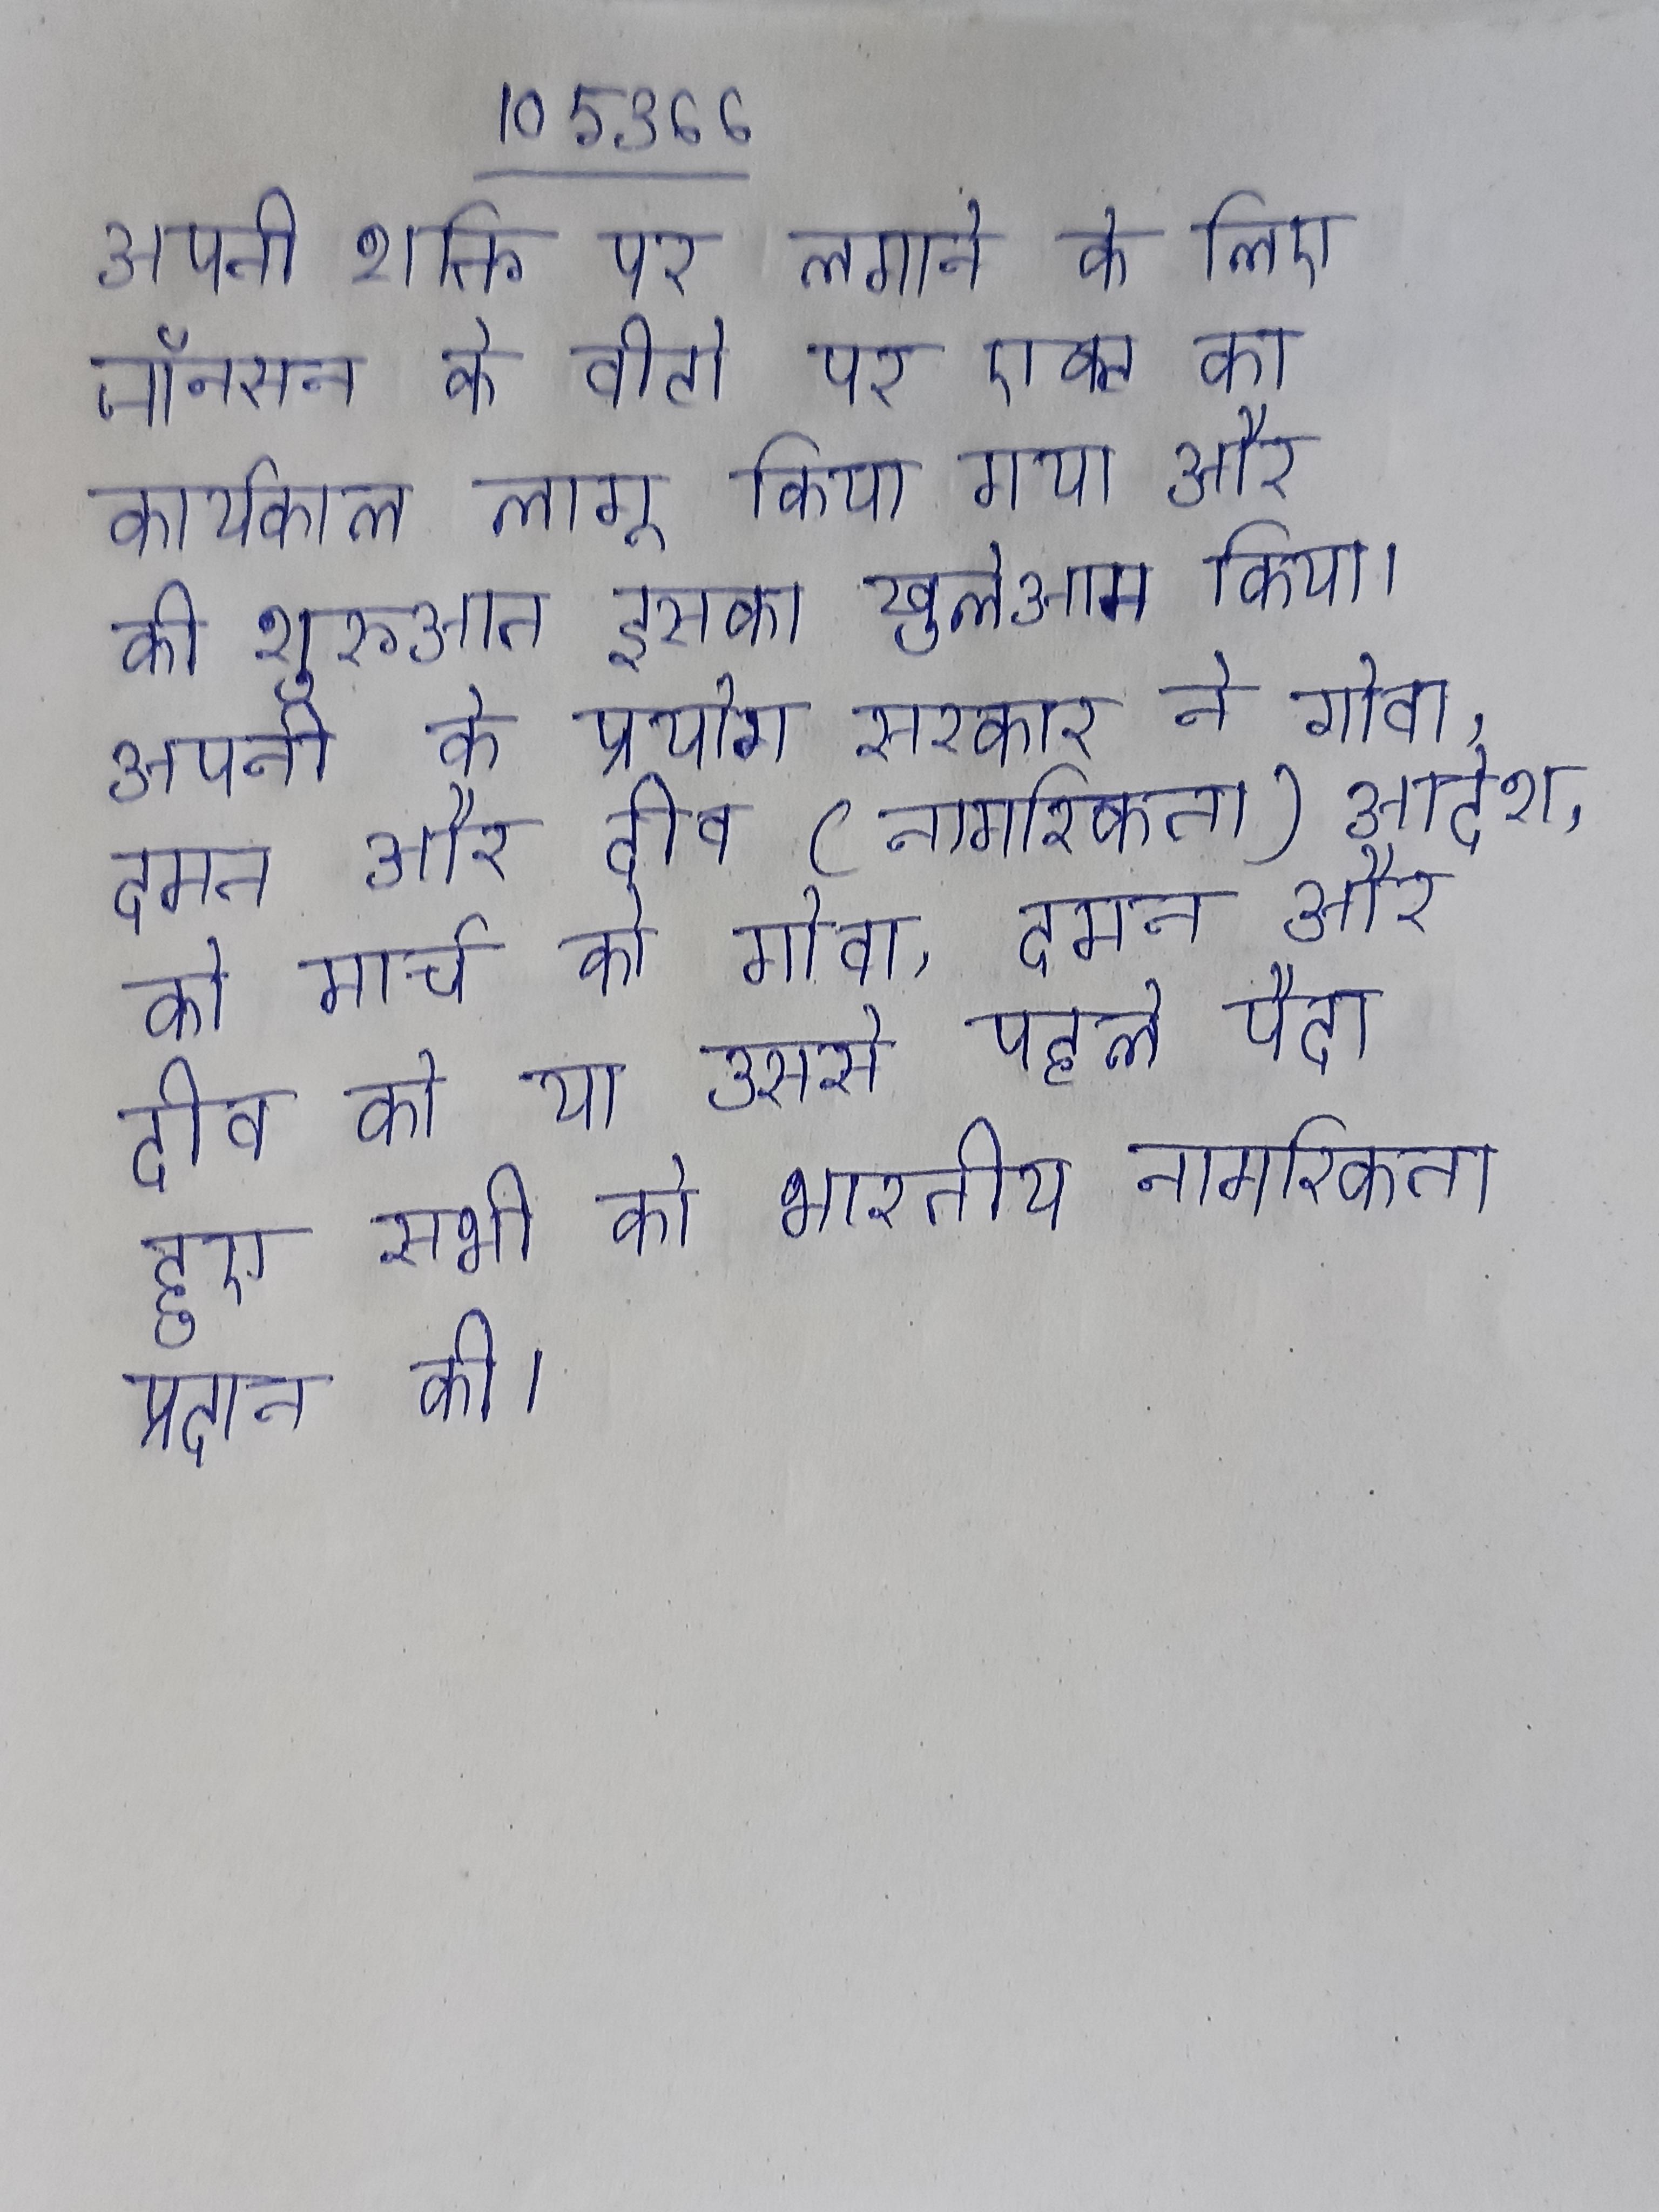
अपनी शक्ति पर लगाने के लिए जॉनसन के वीटो पर एक्ट का कार्यकाल लागू किया गया और की शुरुआत इसका खुलेआम किया । अपनी के प्रयोग सरकार ने गोवा, दमन और दीव (नागरिकता) आदेश, को मार्च को गोवा, दमन और दीव को या उससे पहले पैदा हुए सभी को भारतीय नागरिकता प्रदान की ।